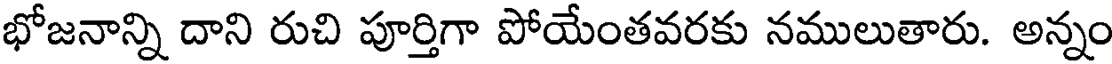
భోజనాన్ని దాని రుచి పూర్తిగా పోయేంతవరకు నములుతారు. అన్నం